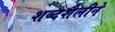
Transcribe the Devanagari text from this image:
शब्दशैलीने